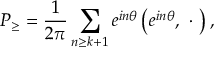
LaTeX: { \cal P } _ { \geq } = \frac 1 { 2 \pi } \sum _ { n \geq k + 1 } e ^ { i n \theta } \left( e ^ { i n \theta } , \ \cdot \ \right) ,